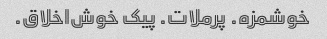
خوشمزه. پرملات. پیک خوش‌اخلاق.